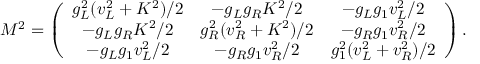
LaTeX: M ^ { 2 } = \left( \begin{array} { c c c } { { g _ { L } ^ { 2 } ( v _ { L } ^ { 2 } + K ^ { 2 } ) / 2 } } & { { - g _ { L } g _ { R } K ^ { 2 } / 2 } } & { { - g _ { L } g _ { 1 } v _ { L } ^ { 2 } / 2 } } \\ { { - g _ { L } g _ { R } K ^ { 2 } / 2 } } & { { g _ { R } ^ { 2 } ( v _ { R } ^ { 2 } + K ^ { 2 } ) / 2 } } & { { - g _ { R } g _ { 1 } v _ { R } ^ { 2 } / 2 } } \\ { { - g _ { L } g _ { 1 } v _ { L } ^ { 2 } / 2 } } & { { - g _ { R } g _ { 1 } v _ { R } ^ { 2 } / 2 } } & { { g _ { 1 } ^ { 2 } ( v _ { L } ^ { 2 } + v _ { R } ^ { 2 } ) / 2 } } \end{array} \right) .